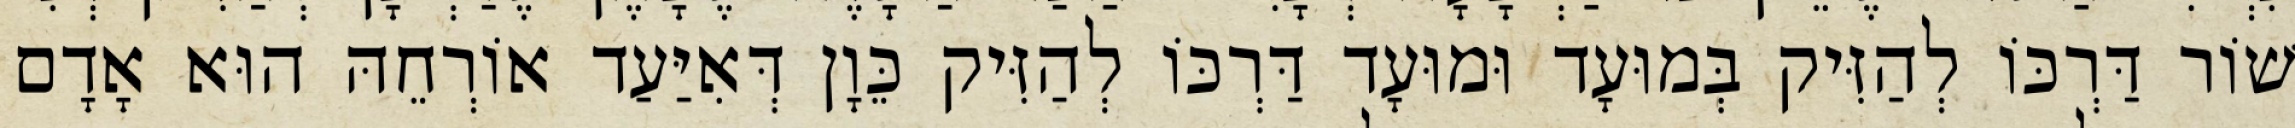
שׁוֹר דַּרְכּוֹ לְהַזִּיק בְּמוּעָד וּמוּעָד דַּרְכּוֹ לְהַזִּיק כֵּוָן דְּאִיַּעַד אוֹרְחֵהּ הוּא אָדָם